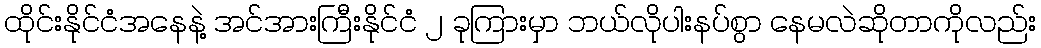
ထိုင်းနိုင်ငံအနေနဲ့ အင်အားကြီးနိုင်ငံ ၂ ခုကြားမှာ ဘယ်လိုပါးနပ်စွာ နေမလဲဆိုတာကိုလည်း